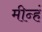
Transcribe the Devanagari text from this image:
मीन्हं